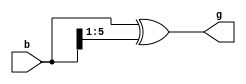
module gray_count
(
	input   [5:0]   b,
  	output  [5:0]   g
);
  assign g = b ^ (b >> 1);

endmodule